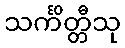
သင်္ကိတ္တီသု